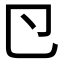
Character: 𭅲